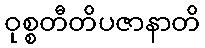
ဝုစ္စတီတိပဇာနာတိ